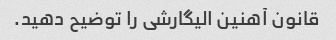
قانون آهنین الیگارشی را توضیح دهید.